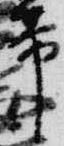
帯